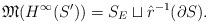
LaTeX: \begin{align*}\mathfrak M(H^\infty(S'))=S_E\sqcup \hat r^{-1}(\partial S).\end{align*}